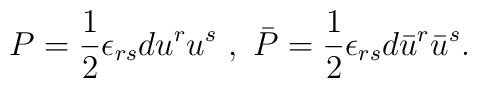
P = \frac{1}{2} \epsilon_{r s} d u^{r} u^{s} \ , \ \bar{P} = \frac{1}{2} \epsilon_{r s} d \bar{u}^{r} \bar{u}^{s} .